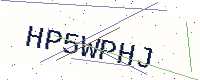
Text: HP5WPHJ